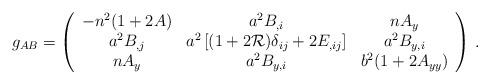
LaTeX: \begin{align*} g_{AB}= \left(\begin{array}{ccc}-n^2(1+2A) & a^2 B_{,i} & nA_y \\ a^2 B_{,j} & a^2\left[ (1+2{\cal{R}})\delta_{ij} + 2E_{,ij} \right] & a^2 B_{y,i} \\nA_y & a^2 B_{y,i} & b^2(1+2A_{yy}) \end{array}\right) \, .\end{align*}